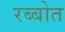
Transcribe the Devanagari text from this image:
रब्बोत